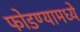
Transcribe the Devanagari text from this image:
फोडण्यामध्ये